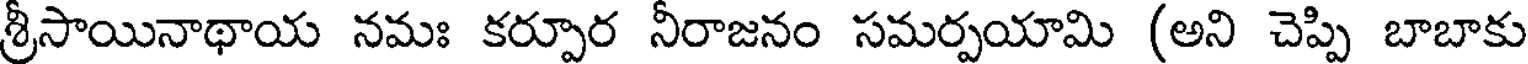
శ్రీసాయినాథాయ నమః కర్పూర నీరాజనం సమర్పయామి (అని చెప్పి బాబాకు